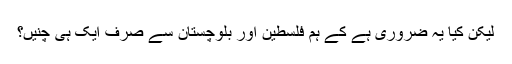
لیکن کیا یہ ضروری ہے کے ہم فلسطین اور بلوچستان سے صرف ایک ہی چنیں؟